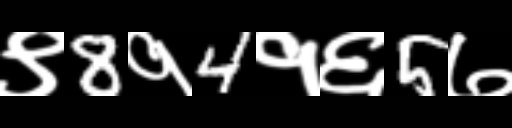
Text: ९8१4१६5७